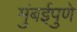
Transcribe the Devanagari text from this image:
मुंबईपुणे